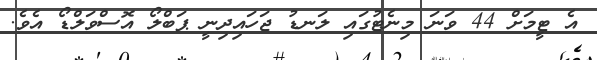
އެ ޓީމަށް 44 ވަނަ މިނެޓުގައި ލަނޑު ޖަހައިދިނީ ޕަބްލޯ އޮސްވަލްޑޯ އެވެ.